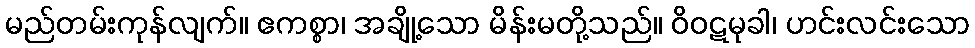
မည်တမ်းကုန်လျက်။ ဧကစ္စာ၊ အချို့သော မိန်းမတို့သည်။ ဝိဝဋမုခါ၊ ဟင်းလင်းသော